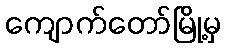
ကျောက်တော်မြို့မှ